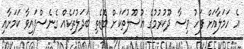
އެ ހަމަލާއަށް ފަހު ވިސާ ދޫކުރުމުގެ އުސޫލުތަކަށް ބޮޑެތި ބަދަލުތަކެއް ގެނެސްފައިވާ ކަމަށާއި